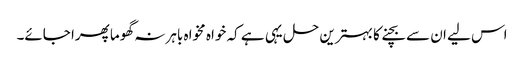
اس لیے ان سے بچنے کا بہترین حل یہی ہے کہ خواہ مخواہ باہر نہ گھوما پھرا جائے۔